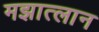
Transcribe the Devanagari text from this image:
मझात्लान